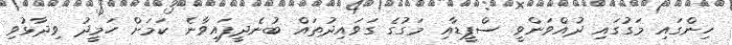
ހިންގައި މަގުގައި ދުއްވަންވީ ސްޕީޑާއި މަގުގެ ގަވައިދުތައް ބުނެދީފައިވާނެ ކަމަށް ހަމީދު ވިދާޅުވި